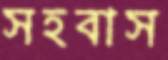
সহবাস